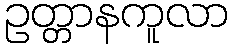
ဥတ္တာနကူလာ